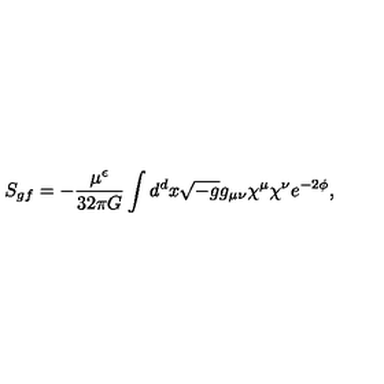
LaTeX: S _ { g f } = - { \frac { \mu ^ { \epsilon } } { 3 2 \pi G } } \int d ^ { d } x \sqrt { - g } g _ { \mu \nu } \chi ^ { \mu } \chi ^ { \nu } e ^ { - 2 \phi } ,